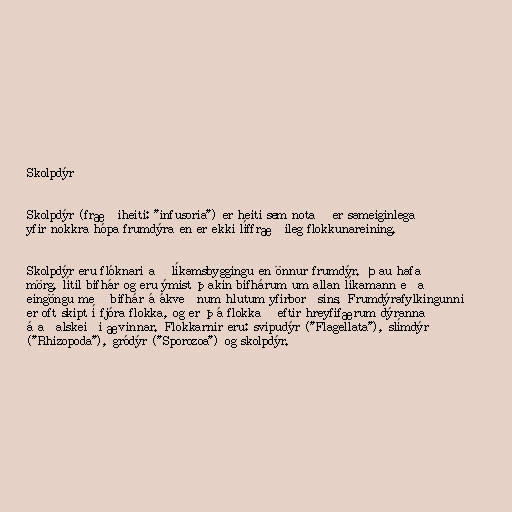
Skolpdýr

Skolpdýr (fræðiheiti: "infusoria") er heiti sem notað er sameiginlega
yfir nokkra hópa frumdýra en er ekki líffræðileg flokkunareining.

Skolpdýr eru flóknari að líkamsbyggingu en önnur frumdýr. Þau hafa
mörg, lítil bifhár og eru ýmist þakin bifhárum um allan líkamann eða
eingöngu með bifhár á ákveðnum hlutum yfirborðsins. Frumdýrafylkingunni
er oft skipt í fjóra flokka, og er þá flokkað eftir hreyfifærum dýranna
á aðalskeiði ævinnar. Flokkarnir eru: svipudýr ("Flagellata"), slímdýr
("Rhizopoda"), gródýr ("Sporozoa") og skolpdýr.